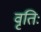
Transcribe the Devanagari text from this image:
वृतिः